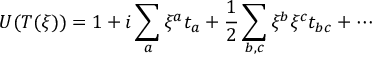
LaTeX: U ( T ( \xi ) ) = 1 + i \sum _ { a } \xi ^ { a } t _ { a } + { \frac { 1 } { 2 } } \sum _ { b , c } \xi ^ { b } \xi ^ { c } t _ { b c } + \cdots